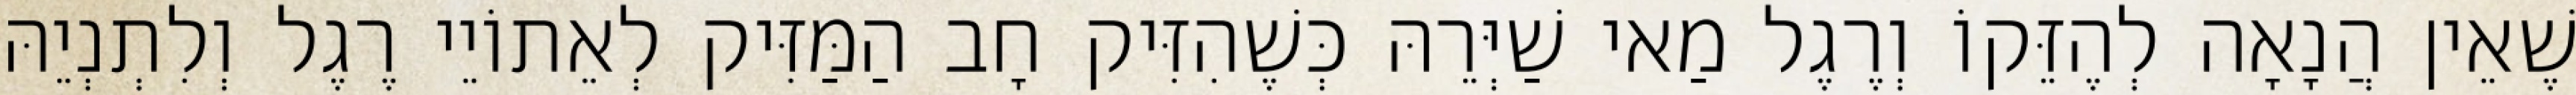
שֶׁאֵין הֲנָאָה לְהֶזֵּקוֹ וְרֶגֶל מַאי שַׁיְּרֵהּ כְּשֶׁהִזִּיק חָב הַמַּזִּיק לְאֵתוֹיֵי רֶגֶל וְלִתְנְיֵהּ